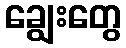
ချွေးတွေ